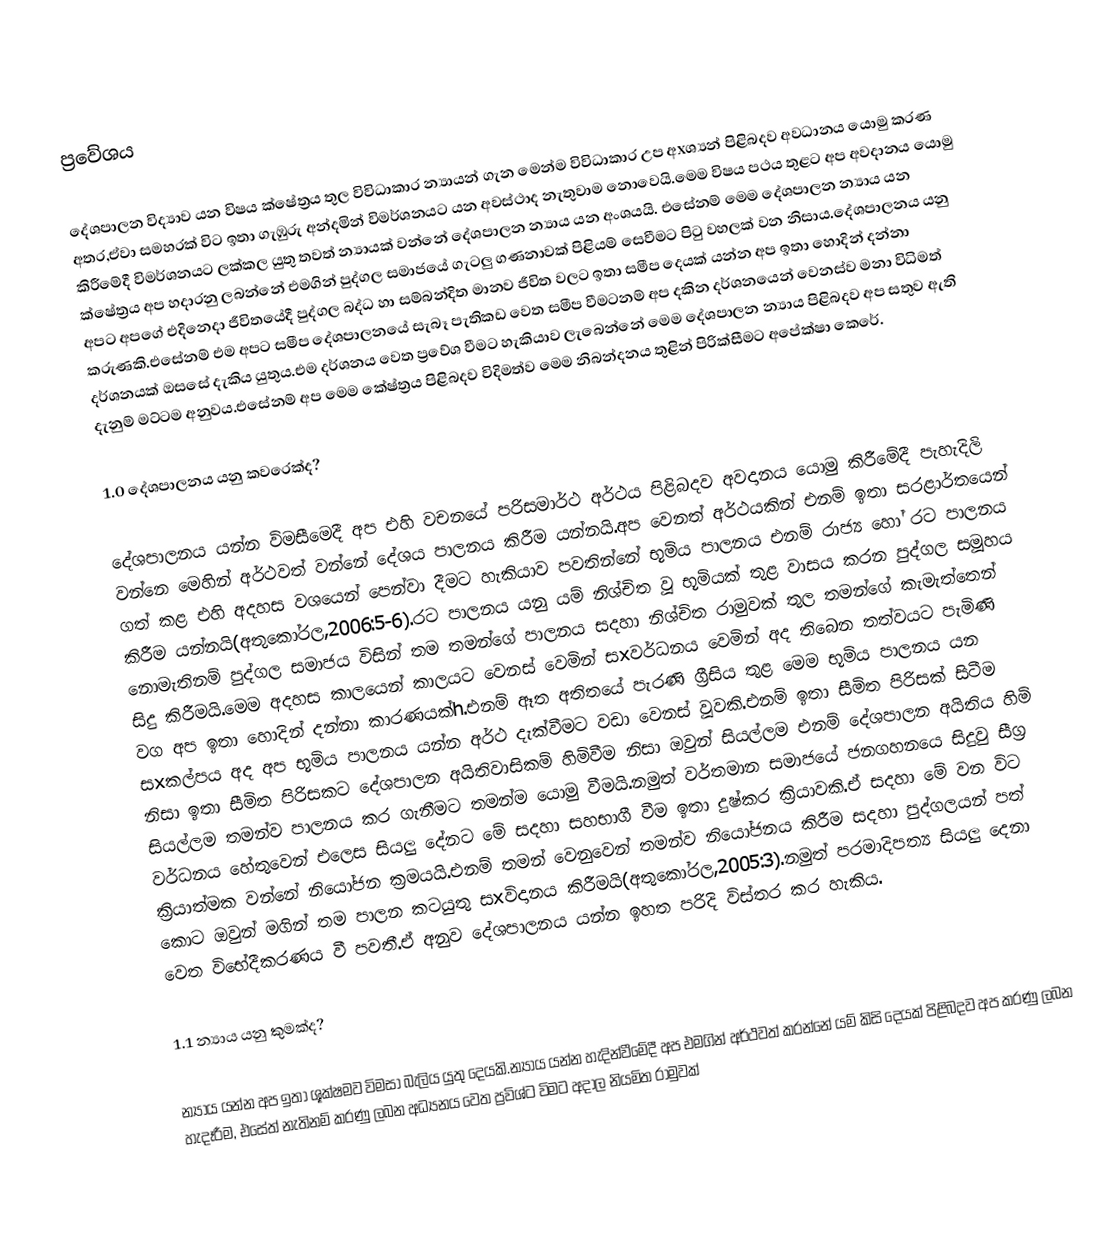
ප්‍රවේශය

     දේශපාලන විද්‍යාව යන විෂය ක්ෂේත්‍රය තුල විවිධාකාර න්‍යායන් ගැන මෙන්ම විවිධාකාර උප අxශ්‍යන් පිළිබදව අවධානය යොමු කරණ අතර,ඒවා සමහරක් විට ඉතා ගැඹුරු අන්දමින් විමර්ශනයට යන අවස්ථාද නැතුවාම නොවෙයි.මෙම විෂය පථය තුළට අප අවදානය යොමු කිරීමේදී විමර්ශනයට ලක්කල යුතු තවත් න්‍යායක් වන්නේ දේශපාලන න්‍යාය යන අංශයයි. එසේනම් මෙම දේශපාලන න්‍යාය යන ක්ෂේත්‍රය අප හදාරනු ලබන්නේ එමගින් පුද්ගල සමාජයේ ගැටලු ගණනාවක් පිළියම් සෙවීමට පිටු වහලක් වන නිසාය.දේශපාලනය යනු අපට අපගේ එදිනෙදා ජීවිතයේදී පුද්ගල බද්ධ හා සම්බන්දිත මානව ජීවිත වලට ඉතා සමීප දෙයක් යන්න අප ඉතා හොදින් දන්නා කරුණකි.එසේනම් එම අපට සමීප දේශපාලනයේ සැබෑ පැතිකඩ වෙත සමීප වීමටනම් අප දකින දර්ශනයෙන් වෙනස්ව මනා විධිමත් දර්ශනයක් ඔසසේ දැකිය යුතුය.එම දර්ශනය වෙත ප්‍රවේශ වීමට හැකියාව ලැබෙන්නේ මෙම දේශපාලන න්‍යාය පිළිබදව අප සතුව ඇති දැනුම් මට්ටම අනුවය.එසේනම් අප මෙම කේෂ්ත්‍රය පිළිබදව විදිමත්ව මෙම නිබන්දනය තුළින් පිරික්සීමට අපේක්ෂා කෙරේ.

1.0 දේශපාලනය යනු කවරෙක්ද?

     දේශපාලනය යන්න විමසීමෙදී අප එහි වචනයේ පරිසමාර්ථ අර්ථය පිළිබදව අවදානය යොමු කිරීමේදී පැහැදිලි වන්නෙ මෙහින් අර්ථවත් වන්නේ දේශය පාලනය කිරීම යන්නයි.අප වෙනත් අර්ථයකින් එනම් ඉතා සරළාර්තයෙන් ගත් කළ එහි අදහස වශයෙන් පෙන්වා දීමට හැකියාව පවතින්නේ භූමිය පාලනය එනම් රාජ්‍ය හෝ රට පාලනය කිරීම යන්නයි(අතුකෝරල,2006:5-6).රට පාලනය යනු යම් නිශ්චිත වූ භූමියක් තුළ වාසය කරන පුද්ගල සමූහය නොමැතිනම් පුද්ගල සමාජය විසින් තම තමන්ගේ පාලනය සදහා නිශ්චිත රාමුවක් තුල තමන්ගේ කැමැත්තෙන් සිදු කිරීමයි.මෙම අදහස කාලයෙන් කාලයට වෙනස් වෙමින් සxවර්ධනය වෙමින් අද තිබෙන තත්වයට පැමිණි වග අප ඉතා හොදින් දන්නා කාරණයක්‍h.එනම් ඈත අතිතයේ පැරණි ග්‍රීසිය තුළ මෙම භූමිය පාලනය යන සxකල්පය අද අප භූමිය පාලනය යන්න අර්ථ දැක්වීමට වඩා වෙනස් වූවකි.එනම් ඉතා සීමිත පිරිසක් සිටීම නිසා ඉතා සීමිත පිරිසකට දේශපාලන අයිතිවාසිකම් හිමිවීම නිසා ඔවුන් සියල්ලම එනම් දේශපාලන අයිතිය හිමි සියල්ලම තමන්ව පාලනය කර ගැනීමට තමන්ම යොමු වීමයි.නමුත් වර්තමාන සමාජයේ ජනගහනයෙ සිදුවු සීග්‍ර වර්ධනය හේතුවෙන් එලෙස සියලු දේනට මේ සදහා සහභාගී වීම ඉතා දුෂ්කර ක්‍රියාවකි.ඒ සදහා මේ වන විට ක්‍රියාත්මක වන්නේ නියෝජන ක්‍රමයයි.එනම් තමන් වෙනුවෙන් තමන්ව නියෝජනය කිරීම සදහා පුද්ගලයන් පත් කොට ඔවුන් මගින් තම පාලන කටයුතු සxවිදානය කිරීමයි(අතුකෝරල,2005:3).නමුත් පරමාදිපත්‍ය සියලු දෙනා වෙත විභේදීකරණය වී පවතී.ඒ අනුව දේශපාලනය යන්න ඉහත පරිදි විස්තර කර හැකිය.

1.1 න්‍යාය යනු කුමක්ද?

     න්‍යාය යන්න අප ඉතා ශූක්ෂමව විමසා බැලිය යුතු දෙයකි.න්‍යාය යන්න හැදින්වීමේදී අප එමගින් අර්ථවත් කරන්නේ යම් කිසි දෙයක් පිළිබදව අප කරණු ලබන හැදෑරීම, එසේත් නැතිනම් කරණු ලබන අධ්‍යනය වෙත ප්‍රවිශ්ට විමට අදාල නියමිත රාමුවක්